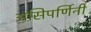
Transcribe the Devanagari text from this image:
असिपर्णिनी